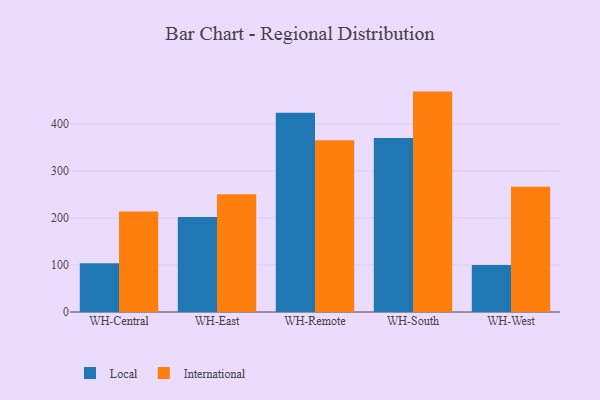
{"axis": {"x": "Warehouse", "y": "LTV (USD)"}, "legend": ["International", "Local"], "data": [{"x": "WH-Central", "y": 103.8, "type": "Local"}, {"x": "WH-Central", "y": 213.6, "type": "International"}, {"x": "WH-East", "y": 201.9, "type": "Local"}, {"x": "WH-East", "y": 250.6, "type": "International"}, {"x": "WH-Remote", "y": 423.9, "type": "Local"}, {"x": "WH-Remote", "y": 365.5, "type": "International"}, {"x": "WH-South", "y": 370.5, "type": "Local"}, {"x": "WH-South", "y": 469.0, "type": "International"}, {"x": "WH-West", "y": 100.1, "type": "Local"}, {"x": "WH-West", "y": 266.5, "type": "International"}]}